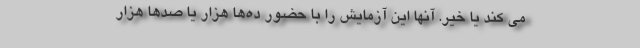
می کند یا خیر. آنها این آزمایش را با حضور ده‌ها هزار یا صدها هزار